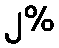
၂%